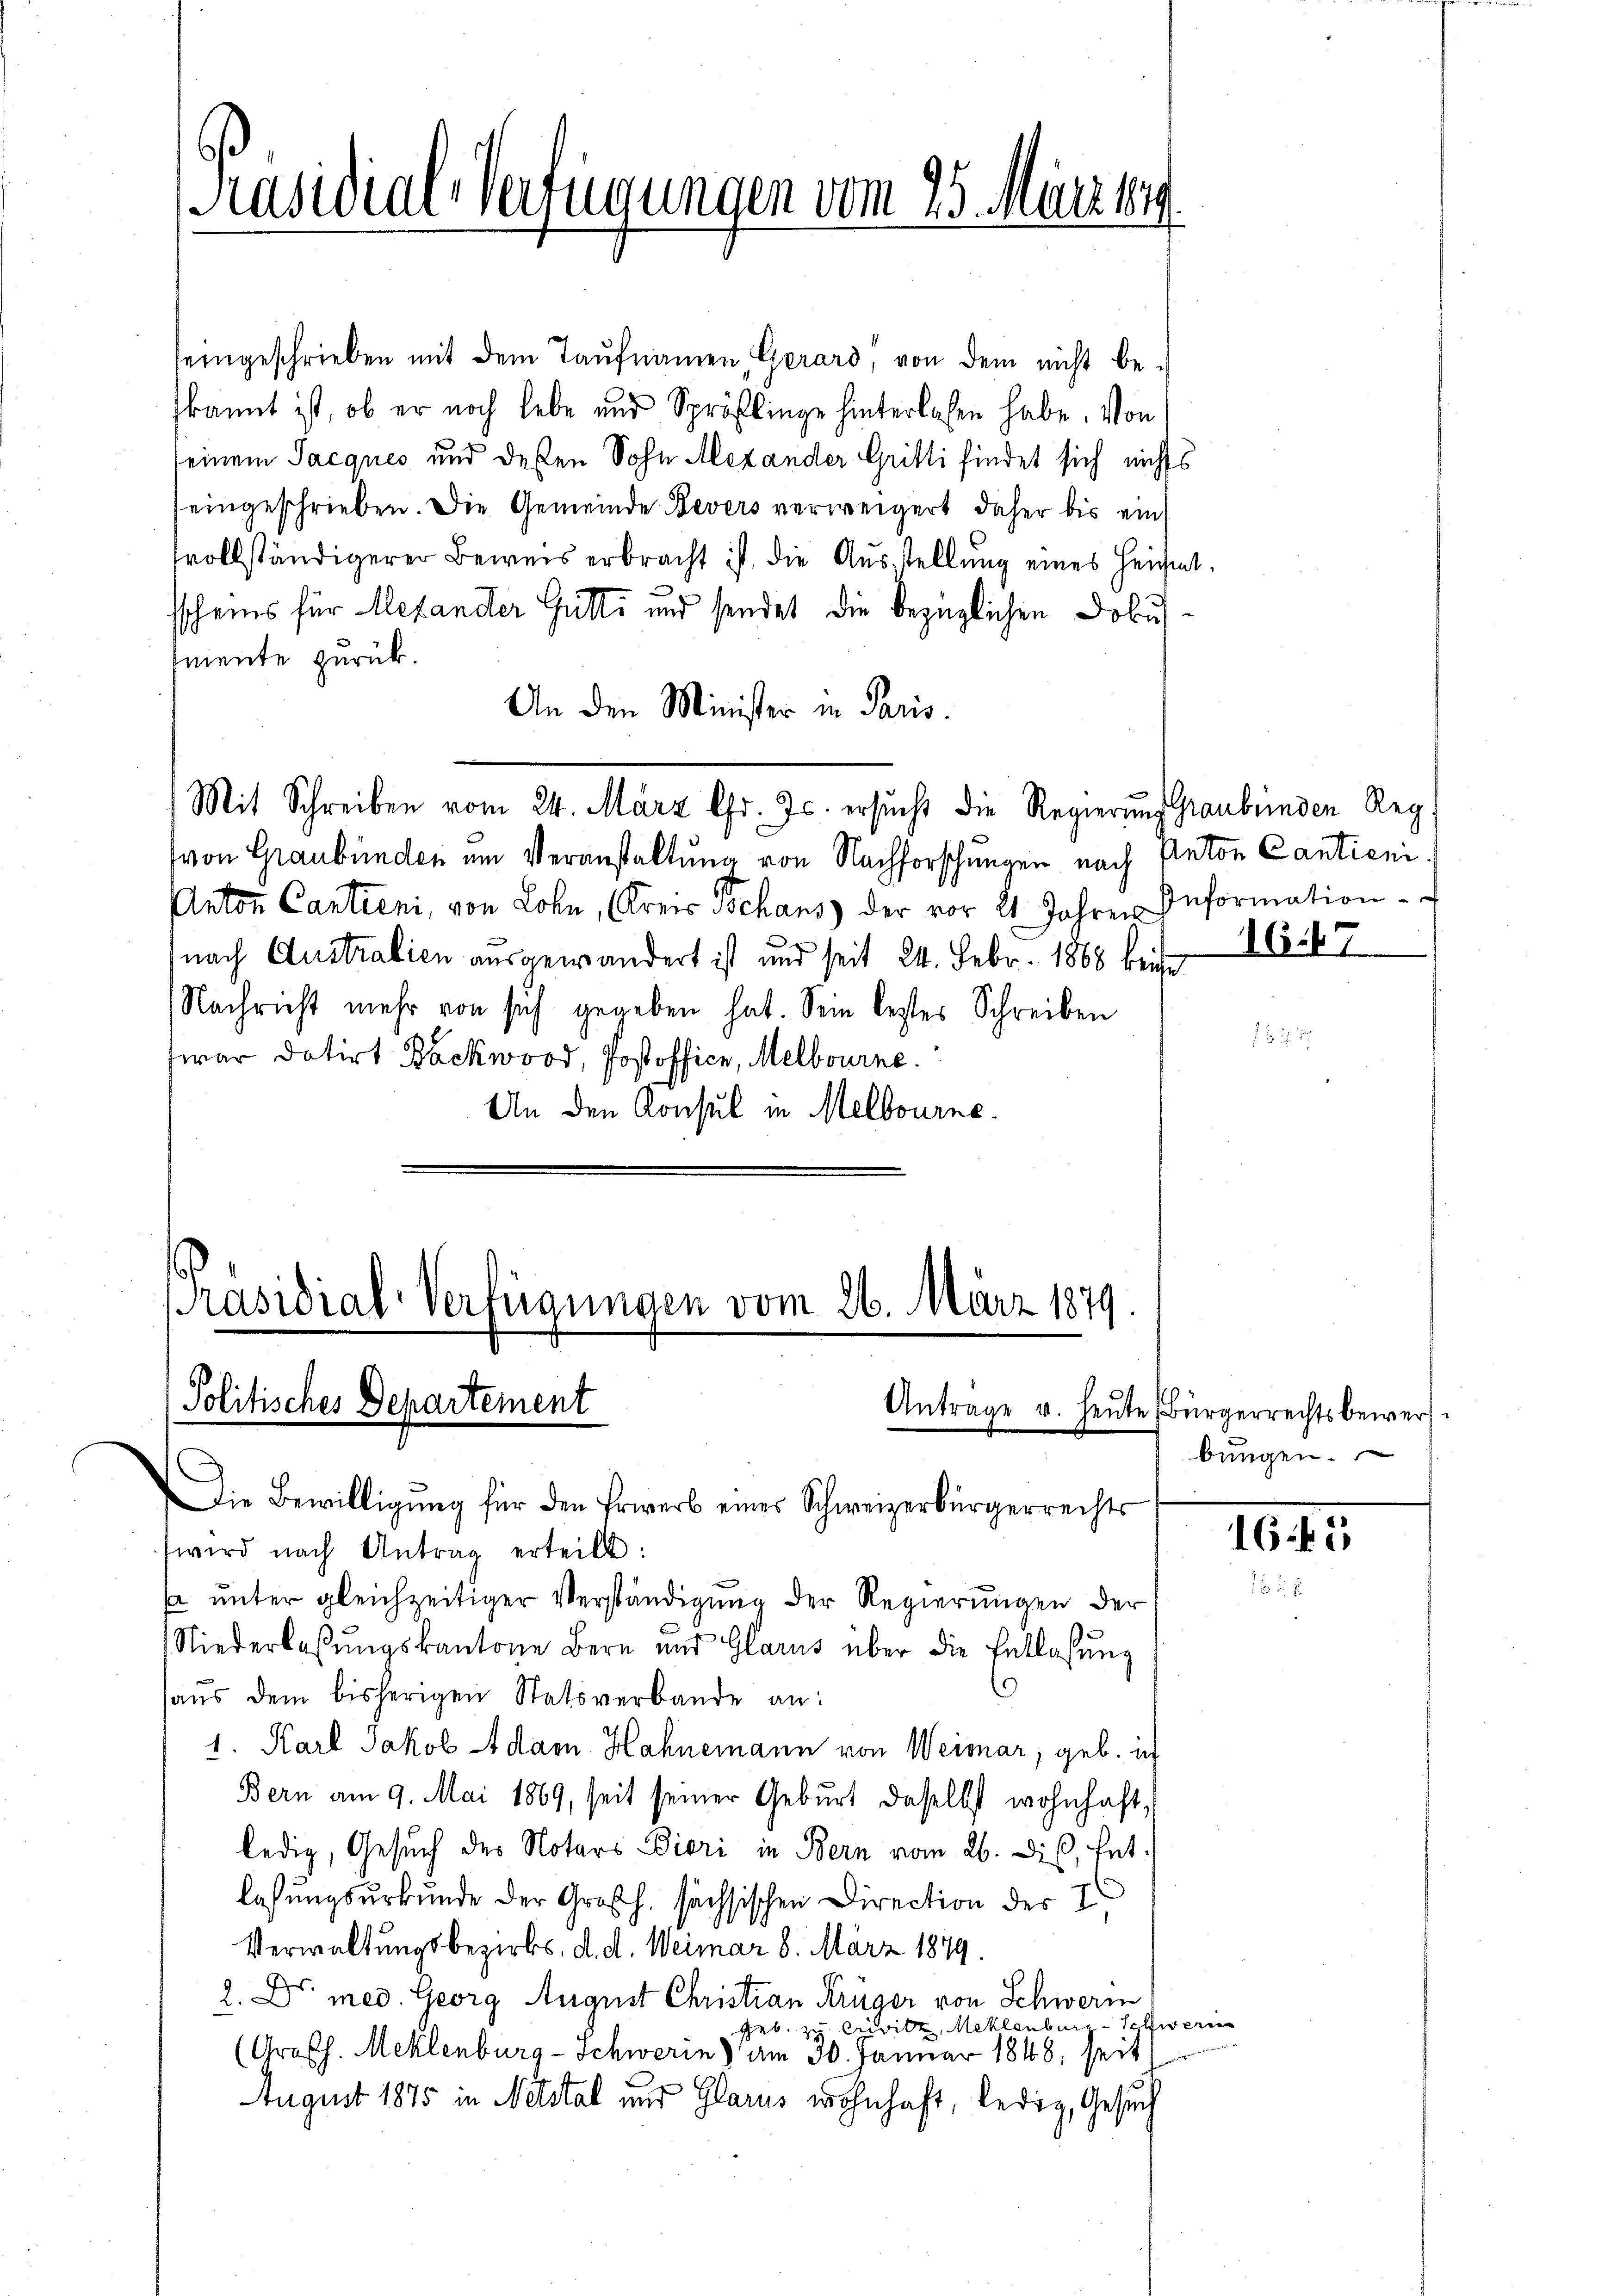
[Präsidial-Verfügungen vom 25. März lig

seingeschrieben mit dem Taufnamen, Gerard, von dem nicht be-
kannt ist, ob er noch lebe und Spröstlinge hinterlassen habe. Von
seinem Jacques und dessen Sohn Mexander Gritti findet sich nichts
eingeschrieben. Die Gemeinde Bevers verweigert, daher bis ein
fvollständigerer Beweis erbracht ist, die Ausstellung eines heichnet.
sscheins für Alexander Gutti und sendet die bezüglichen Dobusmente zurück.
An den Minister in Paris.
Mit Schreiben vom 24. März l. Js. ersŭcht die Regierung Graubünden Reg.
von Graubünden um Veranstaltung von Nachforschungen nach Anton Cantieni¬
Anton Cantieni, von Lohn, Kreis Schans der vor 21 Jahren Information
nach Australien ausgewandert ist und seit 24. Febr. 1888 beise
Nachricht mehr von sich gegeben hat. Sein bestes Schreiben
war datirt Backwood, Post office, Melbourne.
An den Konsul in Melbourne

Präsidial-Verfügungen vom 26. März 1879
Politisches Departement
Antrage u. heute Bürgerrechtsbewerf

Die Bewilligŭng für den Erwerb eines Schweizerbürgerrechts
wird nach Antrag erteilt:
s unter gleichzeitiger Verständigung der Regierungen der
Niederlaβŭngskantone Bern und Glarus über die Entlassŭng
haŭs dem bisherigen Statsverbande an:
1. Karl Jakob Adam. Hahnemann von Weimar, geb. in
Bern am 9. Mai 1869, seit seiner Geburt daselbst wohnhaft,
ledig, Gesuch des Notars Bieri in Bern vom 26. Dir, hat.
lassungsurkunde der Großh. sächsischen Direction der I
Verwaltungsbezirks, d. d. Weimar 8. März 1879.
2. Dr. med. Georg August Christian Krüger von Schweren
Geb. Ersitz, Meklenbus Schwer
(Großh. Mehlenburg-Schwerin) am 30. Januar 1848, seit
August 1875 in Netstal und Glarus wohnhaft, ledig, Gesuch

e

1647

bŭngen.

1645